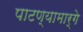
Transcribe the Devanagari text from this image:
पाटण्यामार्गे